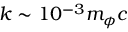
k \sim 1 0 ^ { - 3 } m _ { \phi } c